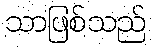
သာဖြစ်သည်